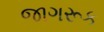
જાગરૂક